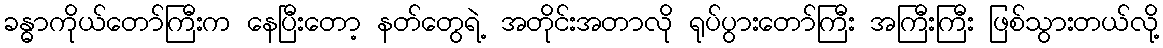
ခန္ဓာကိုယ်တော်ကြီးက နေပြီးတော့ နတ်တွေရဲ့ အတိုင်းအတာလို ရုပ်ပွားတော်ကြီး အကြီးကြီး ဖြစ်သွားတယ်လို့